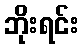
ဘိုးရင်း